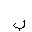
Letter: _ba